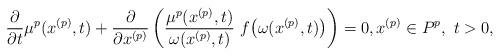
LaTeX: \begin{align*}\frac{\partial}{\partial t}\mu^p(x^{(p)},t)+\frac{\partial}{\partial x^{(p)}}\left(\frac{\mu^p(x^{(p)},t)}{\omega(x^{(p)},t)}\ f\big(\omega(x^{(p)},t)\big)\right)=0, x^{(p)}\in P^p,\ t>0,\end{align*}